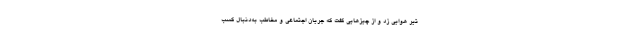
تیر هوایی زد و از چیزهایی گفت که جریان اجتماعی و مخاطب به‌دنبال کسب